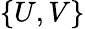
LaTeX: \{ U,V\}